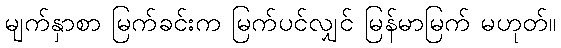
မျက်နှာစာ မြက်ခင်းက မြက်ပင်လျှင် မြန်မာမြက် မဟုတ်။